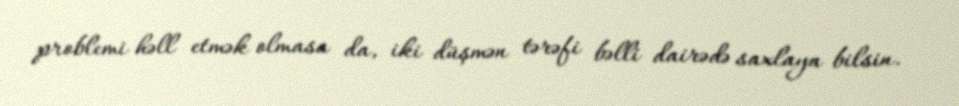
problemi həll etmək olmasa da, iki düşmən tərəfi bəlli dairədə saxlaya bilsin.